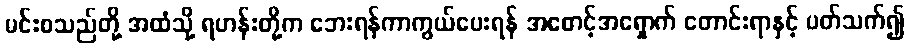
မင်းစသည်တို့ အထံသို့ ရဟန်းတို့က ဘေးရန်ကာကွယ်ပေးရန် အစောင့်အရှောက် တောင်းရာနှင့် ပတ်သက်၍